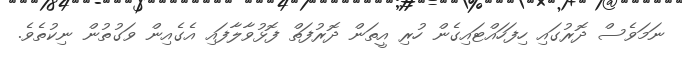
ނަމަވެސް ދޮރުގައި ހިފަހައްޓައިގެން ހުރި އީތަން ދޮރުފަތް ފޮޅުވާލާފައި އެގެއިން ވަގުތުން ނިކުތެވެ.